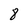
Character: 8